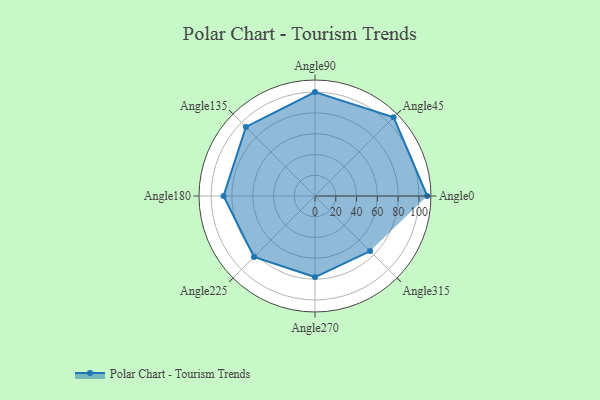
{"axis": {"x": "Angle", "y": "Radius"}, "legend": [""], "data": [{"x": "Angle0", "y": 108.0, "type": ""}, {"x": "Angle45", "y": 107.0, "type": ""}, {"x": "Angle90", "y": 100.0, "type": ""}, {"x": "Angle135", "y": 94.0, "type": ""}, {"x": "Angle180", "y": 88.0, "type": ""}, {"x": "Angle225", "y": 83.0, "type": ""}, {"x": "Angle270", "y": 78.0, "type": ""}, {"x": "Angle315", "y": 75.0, "type": ""}]}